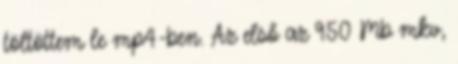
töltöttem le mp4-ben. Az első az 950 Mb mkv,